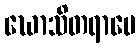
ဃောသိတရာမေ